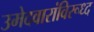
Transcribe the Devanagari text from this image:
उमेदवारांविरूध्द